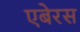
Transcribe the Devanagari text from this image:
एबेरस